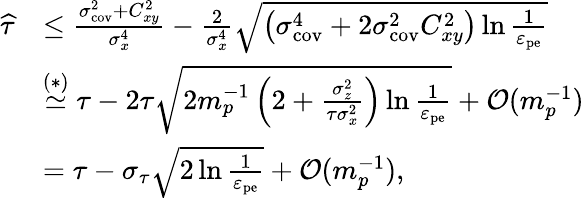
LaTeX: \begin{array}{rl}{\widehat{\tau}}&{\leq\frac{\sigma_{\mathrm{cov}}^{2}+C_{xy}^{2}}{\sigma_{x}^{4}}-\frac{2}{\sigma_{x}^{4}}\sqrt{\left(\sigma_{\mathrm{cov}}^{4}+2\sigma_{\mathrm{cov}}^{2}C_{xy}^{2}\right)\ln\frac{1}{\varepsilon_{\mathrm{pe}}}}}\\ &{\overset{(\ast)}{\simeq}\tau-2\tau\sqrt{2m_{p}^{-1}\left(2+\frac{\sigma_{z}^{2}}{\tau\sigma_{x}^{2}}\right)\ln\frac{1}{\varepsilon_{\mathrm{pe}}}}+\mathcal{O}(m_{p}^{-1})}\\ &{=\tau-\sigma_{\tau}\sqrt{2\ln\frac{1}{\varepsilon_{\mathrm{pe}}}}+\mathcal{O}(m_{p}^{-1}),}\end{array}